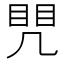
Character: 𭂷